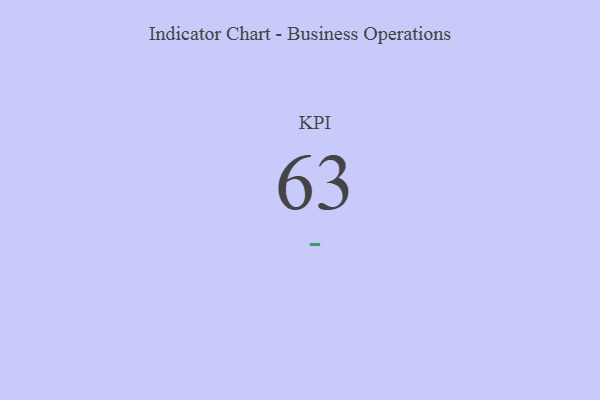
{"axis": {"x": "KPI", "y": "Value"}, "legend": [""], "data": [{"x": "KPI", "y": 63, "type": ""}]}